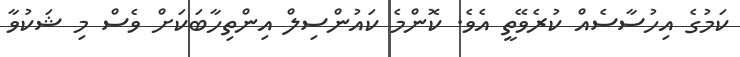
ކަމުގެ އިހުސާސެއް ކުރެވޭތީ އެވެ. ކޮންމެ ކައުންސިލް އިންތިހާބަކަށް ވެސް މި ޝަކުވާ